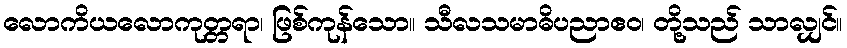
လောကိယလောကုတ္တရာ၊ ဖြစ်ကုန်သော။ သီလသမာဓိပညာဧဝ၊ တို့သည် သာလျှင်။